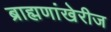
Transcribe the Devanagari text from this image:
ब्राह्मणांखेरीज